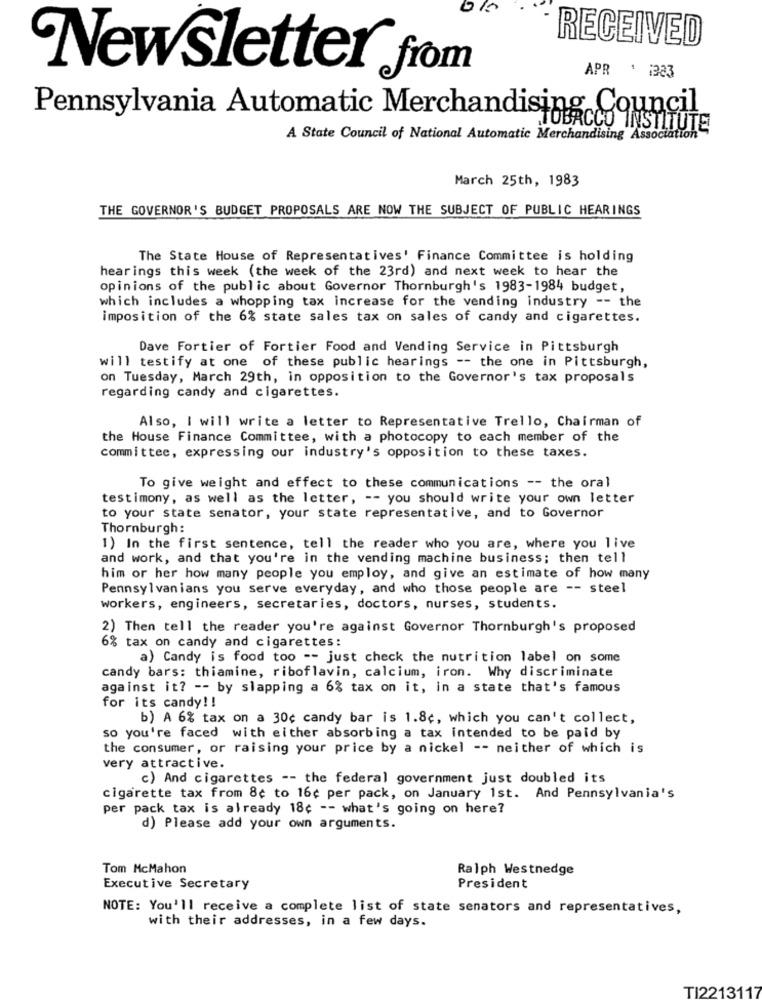
RECEIVED
Newsletter from
APR : 1323
Pennsylvania Automatic Merchandising Council
TOBACCO INSTITUTE
A State Council of National Automatic Merchandising Association
March 25th, 1983
THE GOVERNOR'S BUDGET PROPOSALS ARE NOW THE SUBJECT OF PUBLIC HEARINGS
The State House of Representatives' Finance Committee is holding
hearings this week (the week of the 23rd) and next week to hear the
opinions of the public about Governor Thornburgh's 1983-1984 budget,
which includes a whopping tax increase for the vending industry -- the
imposition of the 6% state sales tax on sales of candy and cigarettes.
Dave Fortier of Fortier Food and Vending Service in Pittsburgh
will testify at one of these public hearings -- the one in Pittsburgh,
on Tuesday, March 29th, in opposition to the Governor's tax proposals
regarding candy and cigarettes.
Also, I will write a letter to Representative Trello, Chairman of
the House Finance Committee, with a photocopy to each member of the
committee, expressing our industry's opposition to these taxes.
To give weight and effect to these communications -- the oral
testimony, as well as the letter, -- you should write your own letter
to your state senator, your state representative, and to Governor
Thornburgh:
1) In the first sentence, tell the reader who you are, where you live
and work, and that you're in the vending machine business; then tell
him or her how many people you employ, and give an estimate of how many
Pennsylvanians you serve everyday, and who those people are -- steel
workers, engineers, secretaries, doctors, nurses, students.
2) Then tell the reader you're against Governor Thornburgh's proposed
6% tax on candy and cigarettes:
a) Candy is food too -- just check the nutrition label on some
candy bars: thiamine, riboflavin, calcium, iron. Why discriminate
against it? -- by slapping a 6% tax on it, in a state that's famous
for its candy !!
b) A 6% tax on a 30¢ candy bar is 1.8¢, which you can't collect,
so you're faced with either absorbing a tax intended to be paid by
the consumer, or raising your price by a nickel -- neither of which is
very attractive.
c) And cigarettes -- the federal government just doubled its
cigarette tax from 8¢ to 16¢ per pack, on January 1st. And Pennsylvania's
per pack tax is already 18¢ -- what's going on here?
d) Please add your own arguments.
Tom McMahon
Ralph Westnedge
Executive Secretary
President
NOTE: You'll receive a complete list of state senators and representatives,
with their addresses, in a few days.
TI2213117